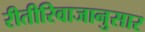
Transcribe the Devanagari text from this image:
रीतीरिवाजानुसार